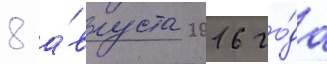
8 а́вгуста 2016 го́да